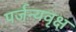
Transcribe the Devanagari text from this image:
पर्जन्यवृक्ष